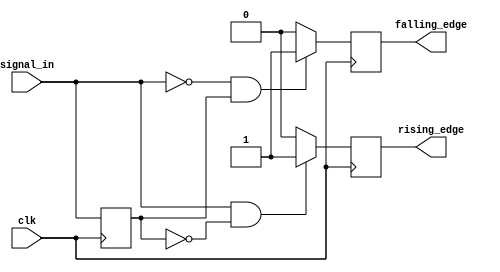
module dual_edge_detector (
    input wire clk,          // Clock signal
    input wire signal_in,    // Input signal to detect edges
    output reg rising_edge,  // Output signal for rising edge detection
    output reg falling_edge  // Output signal for falling edge detection
);

    reg signal_in_prev; // Register to hold the previous state of signal_in

    // Always block triggered on the rising edge of the clock
    always @(posedge clk) begin
        // Edge detection logic
        if (signal_in && !signal_in_prev) begin
            // Rising edge detected
            rising_edge <= 1'b1; // Set rising_edge high
        end else begin
            rising_edge <= 1'b0; // Reset rising_edge
        end

        if (!signal_in && signal_in_prev) begin
            // Falling edge detected
            falling_edge <= 1'b1; // Set falling_edge high
        end else begin
            falling_edge <= 1'b0; // Reset falling_edge
        end

        // Update previous state
        signal_in_prev <= signal_in; // Store current state for next clock cycle
    end

endmodule